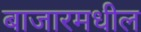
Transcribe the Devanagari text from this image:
बाजारमधील